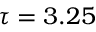
\tau = 3 . 2 5